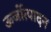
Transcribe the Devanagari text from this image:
ऊर्जोत्पादन